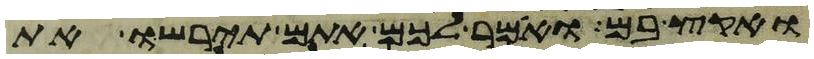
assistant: ואקץ בם ואמר לכם אתם תירשו את